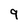
Character: 9